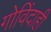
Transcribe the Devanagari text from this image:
गोविंदाही